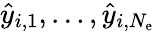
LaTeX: \hat{y}_{i,1},\ldots,\hat{y}_{i,{N_{\mathrm{e}}}}